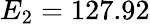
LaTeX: E_{2}=127.92